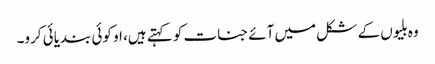
وہ بلیوں کے شکل میں آئے جنات کو کہتے ہیں، او کوئی بندیائی کرو۔